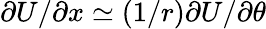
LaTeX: \partial U/\partial x\simeq(1/r)\partial U/\partial\theta